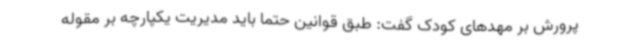
پرورش بر مهدهای کودک گفت: طبق قوانین حتما باید مدیریت یکپارچه بر مقوله